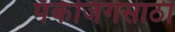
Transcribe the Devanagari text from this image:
पॅकेजिंगसाठी